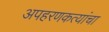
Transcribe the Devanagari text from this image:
अपहरणकत्यांचा